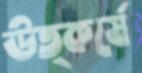
উত্কর্ষে